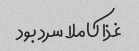
غذا‌ کاملا سرد بود